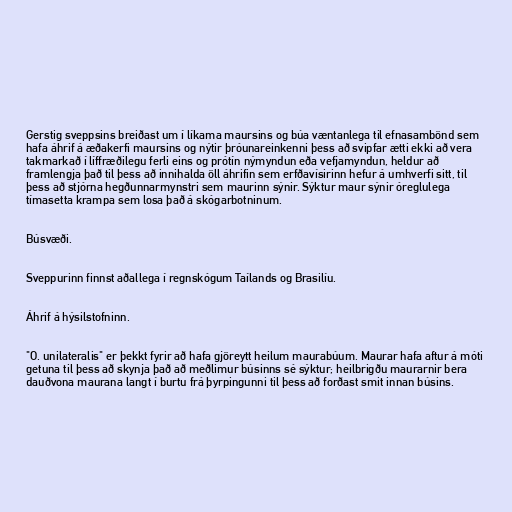
Gerstig sveppsins breiðast um í líkama maursins og búa væntanlega til efnasambönd sem
hafa áhrif á æðakerfi maursins og nýtir þróunareinkenni þess að svipfar ætti ekki að vera
takmarkað í líffræðilegu ferli eins og prótín nýmyndun eða vefjamyndun, heldur að
framlengja það til þess að innihalda öll áhrifin sem erfðavísirinn hefur á umhverfi sitt, til
þess að stjórna hegðunnarmynstri sem maurinn sýnir. Sýktur maur sýnir óreglulega
tímasetta krampa sem losa það á skógarbotninum.

Búsvæði.

Sveppurinn finnst aðallega í regnskógum Taílands og Brasilíu.

Áhrif á hýsilstofninn.

"O. unilateralis" er þekkt fyrir að hafa gjöreytt heilum maurabúum. Maurar hafa aftur á móti
getuna til þess að skynja það að meðlimur búsinns sé sýktur; heilbrigðu maurarnir bera
dauðvona maurana langt í burtu frá þyrpingunni til þess að forðast smit innan búsins.